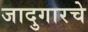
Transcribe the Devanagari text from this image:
जादुगारचे